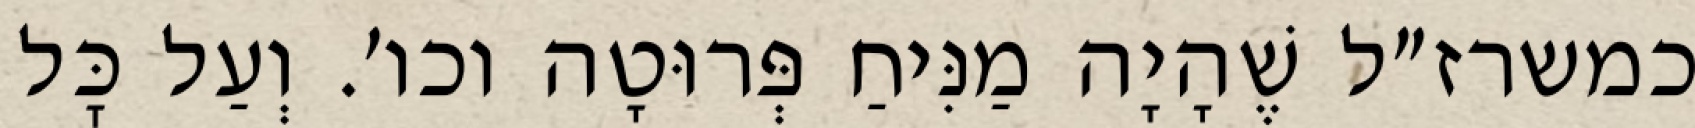
כמשרז״ל שֶׁהָיָה מַנִּיחַ פְּרוּטָה וכו׳. וְעַל כׇּל